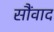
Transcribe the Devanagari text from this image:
सौंवाद